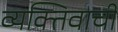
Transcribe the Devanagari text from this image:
व्यक्तिवाची